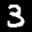
Label: 3